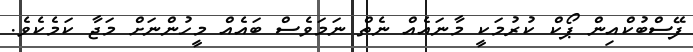
ފޭސްބުކްއިން ޕޯކް ކުރުމަކީ މާނައެއް ނެތް ނަމަވެސް ބައެއް މީހުންނަށް މަޖާ ކަމެކެވެ.